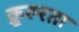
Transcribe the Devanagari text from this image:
क्रूरूरता